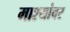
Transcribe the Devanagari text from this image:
माश्यांवर